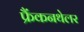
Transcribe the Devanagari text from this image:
फ्रैंकनथेलर